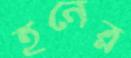
হনের